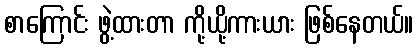
စာကြောင်း ဖွဲ့ထားတာ ကို့ယို့ကားယား ဖြစ်နေတယ်။